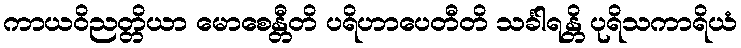
ကာယဝိညတ္တိယာ မောစေန္တီတိ ပရိဟာပေတီတိ သင်္ခါရန္တိ ပုရိသကာရိယံ